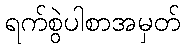
ရက်စွဲပါစာအမှတ်